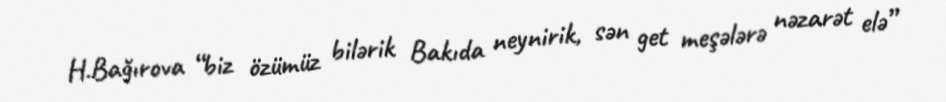
H.Bağırova “biz özümüz bilərik Bakıda neynirik, sən get meşələrə nəzarət elə”